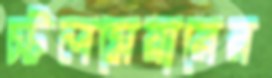
স্টলমেয়ারের